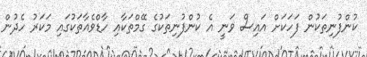
ކުންފުނިތަކުން ފަހަކަށް އައިސް ވަނީ އެ ކުންފުނިތަކުގެ ގޭމްތަކާއި ހާޑްވެއާތަކުގައި މަކަރު ހެދުން